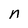
Character: n